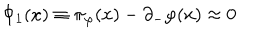
\Phi _ { 1 } ( x ) \equiv \pi _ { \varphi } ( x ) - \partial _ { - } \varphi ( x ) \approx 0 \quad